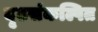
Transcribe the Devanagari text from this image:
दृढसंकल्पित